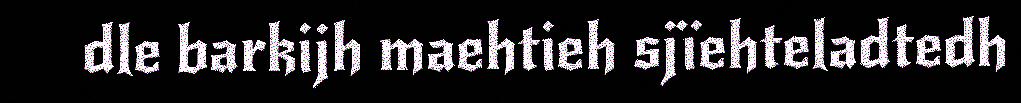
dle barkijh maehtieh sjïehteladtedh